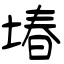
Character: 堾